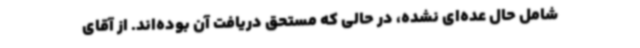
شامل حال عده‌ای نشده، در حالی که مستحق دریافت آن بوده‌اند. از آقای